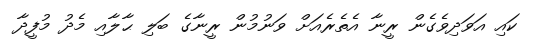
ކައި އަވަދިވެގެން ރީނާ އެތެރެއަށް ވަނުމުން ރީނާގެ ބަލި ޙާލާއި މެދު މުފީދާ